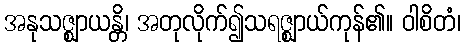
အနုသဇ္ဈာယန္တိ၊ အတုလိုက်၍သရဇ္ဈာယ်ကုန်၏။ ဝါစိတံ၊